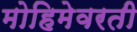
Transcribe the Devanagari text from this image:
मोहिमेवरती